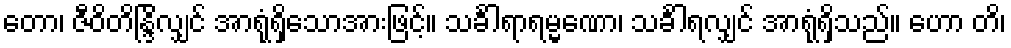
တော၊ ဇီဝိတိန္ဒြိလျှင် အာရုံရှိသောအားဖြင့်။ သင်္ခါရာရမ္မဏော၊ သင်္ခါရလျှင် အာရုံရှိသည်။ ဟော တိ၊